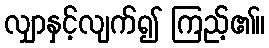
လျှာနှင့်လျက်၍ ကြည့်၏။